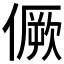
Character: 𠎮